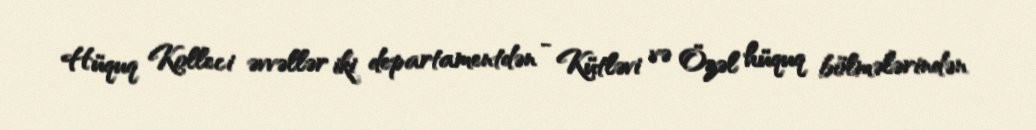
Hüquq Kolleci əvvəllər iki departamentdən - Kütləvi və Özəl hüquq bölmələrindən